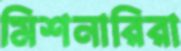
মিশনারিরা